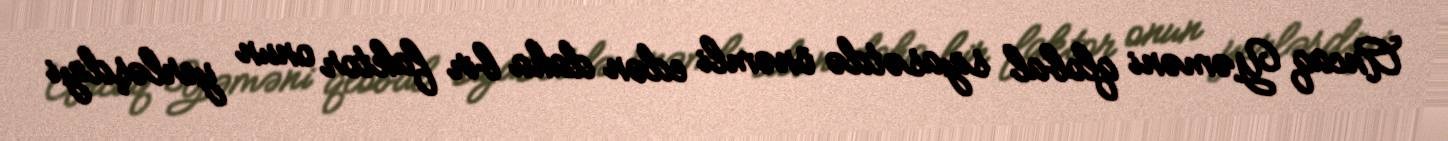
Ancaq Yəməni qlobal siyasətdə önəmli edən daha bir faktor onun yerləşdiyi